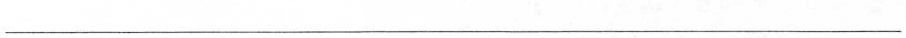
___